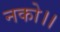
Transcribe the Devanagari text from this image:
नको।।